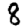
Digit: 8